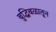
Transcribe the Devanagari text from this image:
बुद्धिबळातून